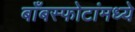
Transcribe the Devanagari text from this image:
बाँबस्फोटांमध्ये